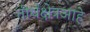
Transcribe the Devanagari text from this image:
तीर्थक्षेत्रआहे